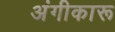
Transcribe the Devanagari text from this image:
अंगीकारू